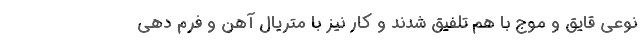
نوعی قایق و موج با هم تلفیق شدند و کار نیز با متریال آهن و فرم دهی